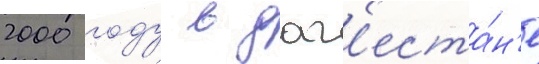
2000 году в даг'еста́н'е